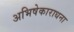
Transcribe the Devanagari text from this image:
अभिषेकाराधना